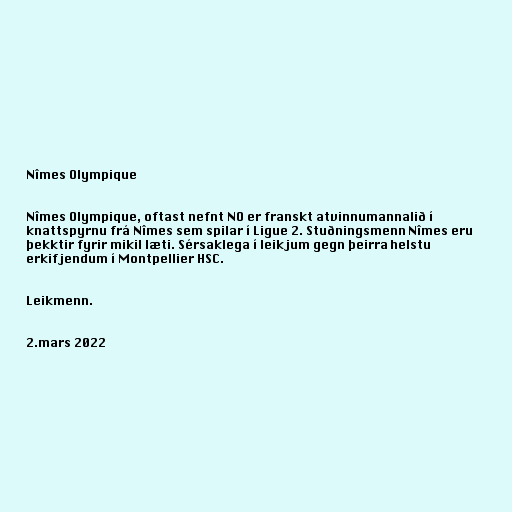
Nîmes Olympique

Nîmes Olympique, oftast nefnt NO er franskt atvinnumannalið í
knattspyrnu frá Nîmes sem spilar í Ligue 2. Stuðningsmenn Nîmes eru
þekktir fyrir mikil læti. Sérsaklega í leikjum gegn þeirra helstu
erkifjendum í Montpellier HSC.

Leikmenn.

2.mars 2022